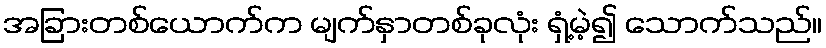
အခြားတစ်ယောက်က မျက်နှာတစ်ခုလုံး ရှံ့မဲ့၍ သောက်သည်။